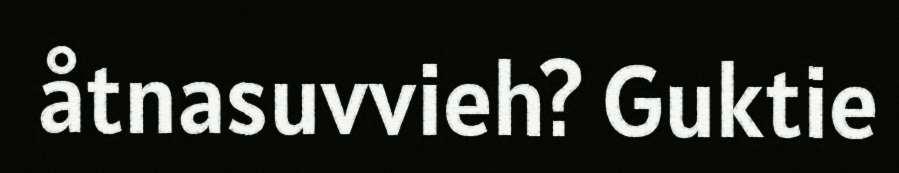
åtnasuvvieh? Guktie